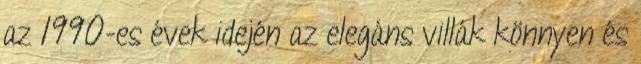
az 1990-es évek idején az elegáns villák könnyen és